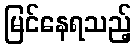
မြင်နေရသည့်